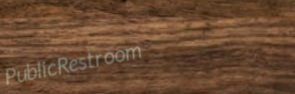
PublicRestroom